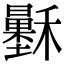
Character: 𥣷